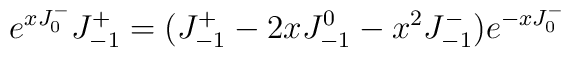
e^{xJ^-_0} J^+_{-1}= (J^+_{-1}-2xJ^0_{-1}-x^2J^-_{-1})e^{-xJ^-_0}